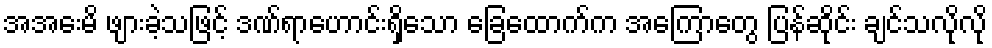
အအေးမိ ဖျားခဲ့သဖြင့် ဒဏ်ရာဟောင်းရှိသော ခြေထောက်က အကြောတွေ ပြန်ဆိုင်း ချင်သလိုလို